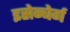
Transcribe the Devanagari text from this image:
इसेन्बेर्ग